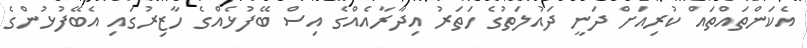
އެކަންތައްތައް ކުރިއަށް ދަނީ ދައުލަތުގެ ހަތަރު އިދާރާއެއްގެ އިސް ބޭފުޅެއްގެ ހާޒިރުގައި އެބޭފުޅުންގެ